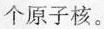
个原子核。